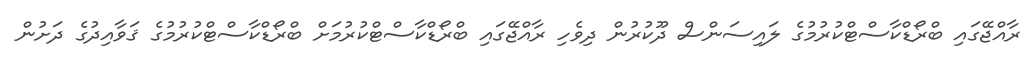
ރާއްޖޭގައި ބްރޯޑްކާސްޓްކުރުމުގެ ލައިސަންސް ދޫކުރުން ދިވެހި ރާއްޖޭގައި ބްރޯޑްކާސްޓްކުރުމަށް ބްރޯޑްކާސްޓްކުރުމުގެ ޤަވާއިދުގެ ދަށުން